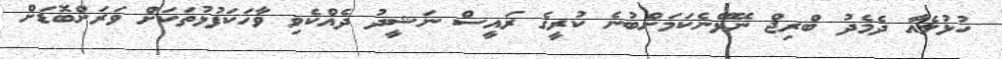
ހުޅުލެއާ ދެމެދު ބްރިޖް ނޭޅޭނެކަމަށްބުނެ ކުރީގެ ރައީސް ނަޝީދު ދެއްކެވި ވާހަކަފުޅުތަކަށް ވަރަށްބޮޑަށް